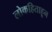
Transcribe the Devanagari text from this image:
लोकहिताहून